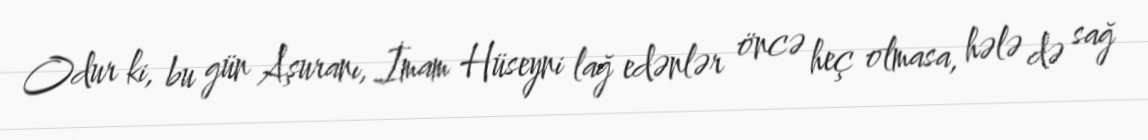
Odur ki, bu gün Aşuranı, İmam Hüseyni lağ edənlər öncə heç olmasa, hələ də sağ